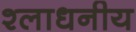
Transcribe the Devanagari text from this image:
श्लाधनीय